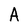
Character: A